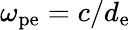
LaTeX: \omega_{\mathrm{pe}}=c/d_{\mathrm{e}}